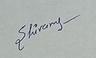
Signature authenticity: genuine